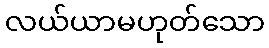
လယ်ယာမဟုတ်သော